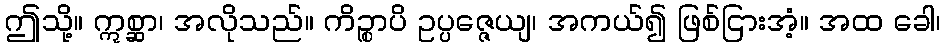
ဤသို့။ ဣစ္ဆာ၊ အလိုသည်။ ကိဉ္စာပိ ဥပ္ပဇ္ဇေယျ၊ အကယ်၍ ဖြစ်ငြားအံ့။ အထ ခေါ၊